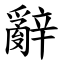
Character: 辭